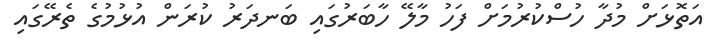
އަތޮޅަށް މުދާ ހުސްކުރުމަށް ފަހު މާލޭ ހާބަރުގައި ބަނދަރު ކުރަން އުޅުމުގެ ތެރޭގައި